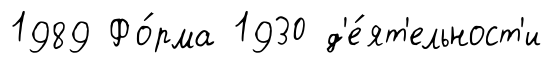
1989 Фо́рма 1930 д'е́ят'ельност'и